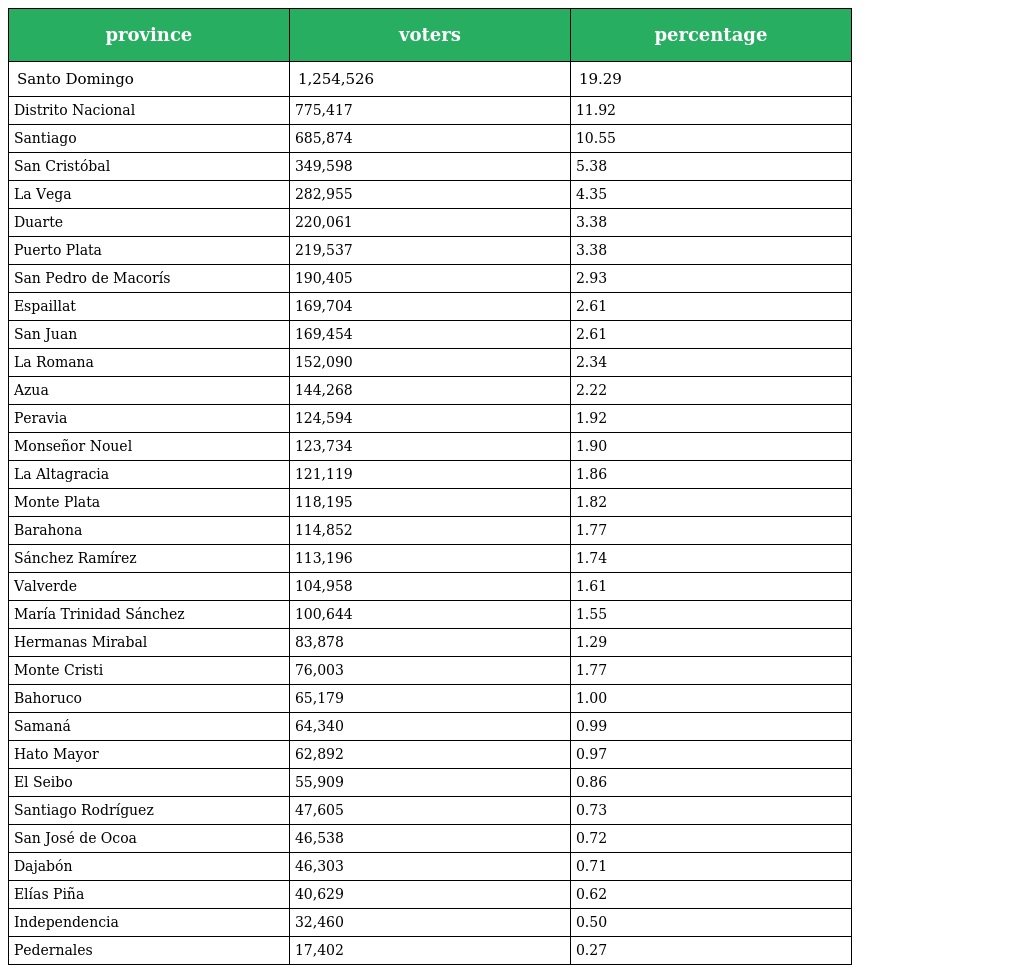
| province | voters | percentage |
 | --- | --- | --- |
 | Santo Domingo | 1,254,526 | 19.29 |
 | Distrito Nacional | 775,417 | 11.92 |
 | Santiago | 685,874 | 10.55 |
 | San Cristóbal | 349,598 | 5.38 |
 | La Vega | 282,955 | 4.35 |
 | Duarte | 220,061 | 3.38 |
 | Puerto Plata | 219,537 | 3.38 |
 | San Pedro de Macorís | 190,405 | 2.93 |
 | Espaillat | 169,704 | 2.61 |
 | San Juan | 169,454 | 2.61 |
 | La Romana | 152,090 | 2.34 |
 | Azua | 144,268 | 2.22 |
 | Peravia | 124,594 | 1.92 |
 | Monseñor Nouel | 123,734 | 1.90 |
 | La Altagracia | 121,119 | 1.86 |
 | Monte Plata | 118,195 | 1.82 |
 | Barahona | 114,852 | 1.77 |
 | Sánchez Ramírez | 113,196 | 1.74 |
 | Valverde | 104,958 | 1.61 |
 | María Trinidad Sánchez | 100,644 | 1.55 |
 | Hermanas Mirabal | 83,878 | 1.29 |
 | Monte Cristi | 76,003 | 1.77 |
 | Bahoruco | 65,179 | 1.00 |
 | Samaná | 64,340 | 0.99 |
 | Hato Mayor | 62,892 | 0.97 |
 | El Seibo | 55,909 | 0.86 |
 | Santiago Rodríguez | 47,605 | 0.73 |
 | San José de Ocoa | 46,538 | 0.72 |
 | Dajabón | 46,303 | 0.71 |
 | Elías Piña | 40,629 | 0.62 |
 | Independencia | 32,460 | 0.50 |
 | Pedernales | 17,402 | 0.27 |